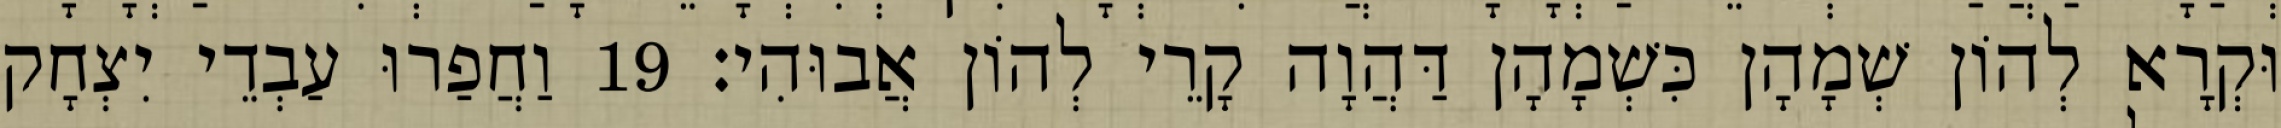
וּקְרָא לְהוֹן שְׁמָהָן כִּשְׁמָהָן דַּהֲוָה קָרֵי לְהוֹן אֲבוּהִי׃ 19 וַחֲפַרוּ עַבְדֵי יִצְחָק